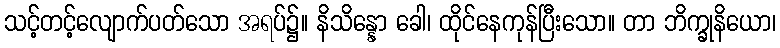
သင့်တင့်လျောက်ပတ်သော အရပ်၌။ နိသိန္နော ခေါ၊ ထိုင်နေကုန်ပြီးသော။ တာ ဘိက္ခုနိယော၊